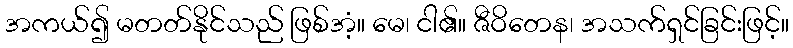
အကယ်၍ မတတ်နိုင်သည် ဖြစ်အံ့။ မေ၊ ငါ၏။ ဇီဝိတေန၊ အသက်ရှင်ခြင်းဖြင့်။